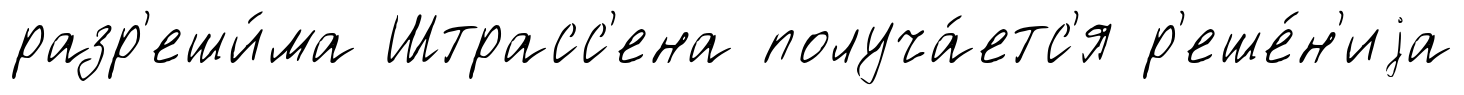
разр'еши́ма Штрасс'ена получа́етс'я р'еше́н'иjа